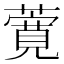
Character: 𬞸